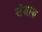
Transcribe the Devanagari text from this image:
संज्ञाक